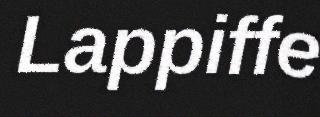
Lappiffe